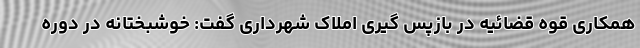
همکاری قوه قضائیه در بازپس گیری املاک شهرداری گفت: خوشبختانه در دوره